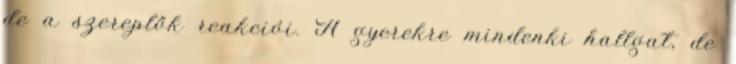
de a szereplők reakciói. A gyerekre mindenki hallgat, de